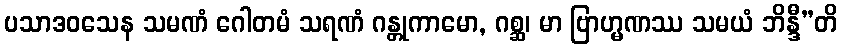
ပသာဒဝသေန သမဏံ ဂေါတမံ သရဏံ ဂန္တုကာမော, ဂစ္ဆ၊ မာ ဗြာဟ္မဏဿ သမယံ ဘိန္ဒီ”တိ